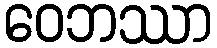
ဝေဘဿာ